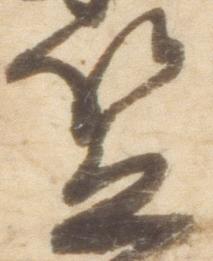
笠